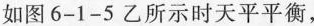
如图6-1-5乙所示时天平平衡，